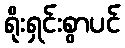
ရိုးရှင်းစွာပင်